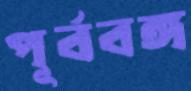
পূর্ববঙ্গ